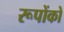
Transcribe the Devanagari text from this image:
रूपोंको